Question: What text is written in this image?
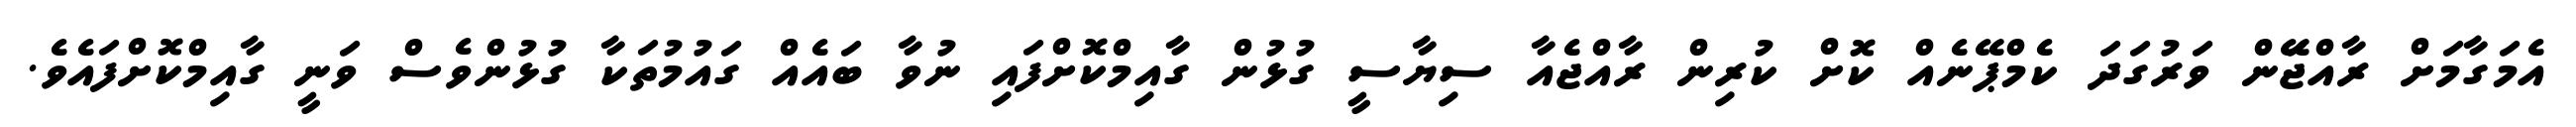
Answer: އެމަގާމަށް ރާއްޖޭަން ވަރުގަދަ ކެމްޕޭނެއް ކޮށް ކުރިން ރާއްޖެއާ ސިޔާސީ ގުޅުން ގާއިމްކޮށްފައި ނުވާ ބައެއް ގައުމުތަކާ ގުޅުންވެސް ވަނީ ގާއިމްކޮށްފައެވެ.